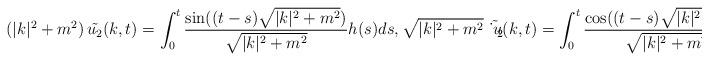
LaTeX: \begin{align*}(|k|^2+m^2)\,\tilde{u_2}(k,t)=\int_0^t\frac{\sin((t-s)\sqrt{|k|^2+m^2})}{\sqrt{|k|^2+m^2}} h(s)ds,\sqrt{|k|^2+m^2}\,\tilde{\dot u_2}(k,t)=\int_0^t\frac{\cos((t-s)\sqrt{|k|^2+m^2})}{\sqrt{|k|^2+m^2}} h(s)ds.\end{align*}